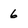
Character: 6